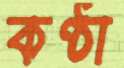
কণ্ঠা